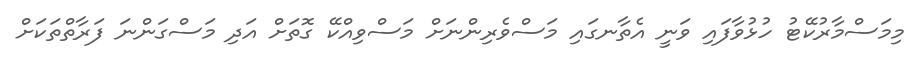
މިމަސްމާރުކޭޓު ހުޅުވާފައި ވަނީ އެތާނގައި މަސްވެރިންނަށް މަސްވިއްކޭ ގޮތަށް އަދި މަސްގަންނަ ފަރާތްތަކަށް